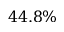
4 4 . 8 \%